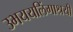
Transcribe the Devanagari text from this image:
उभययलिंगाश्रयी